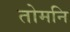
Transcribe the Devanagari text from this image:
तोमनि